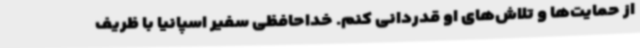
از حمایت‌ها و تلاش‌های او قدردانی کنم. خداحافظی سفیر اسپانیا با ظریف